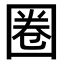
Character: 圈